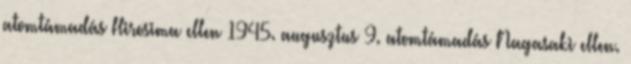
atomtámadás Hirosima ellen 1945. augusztus 9. atomtámadás Nagasaki ellen.